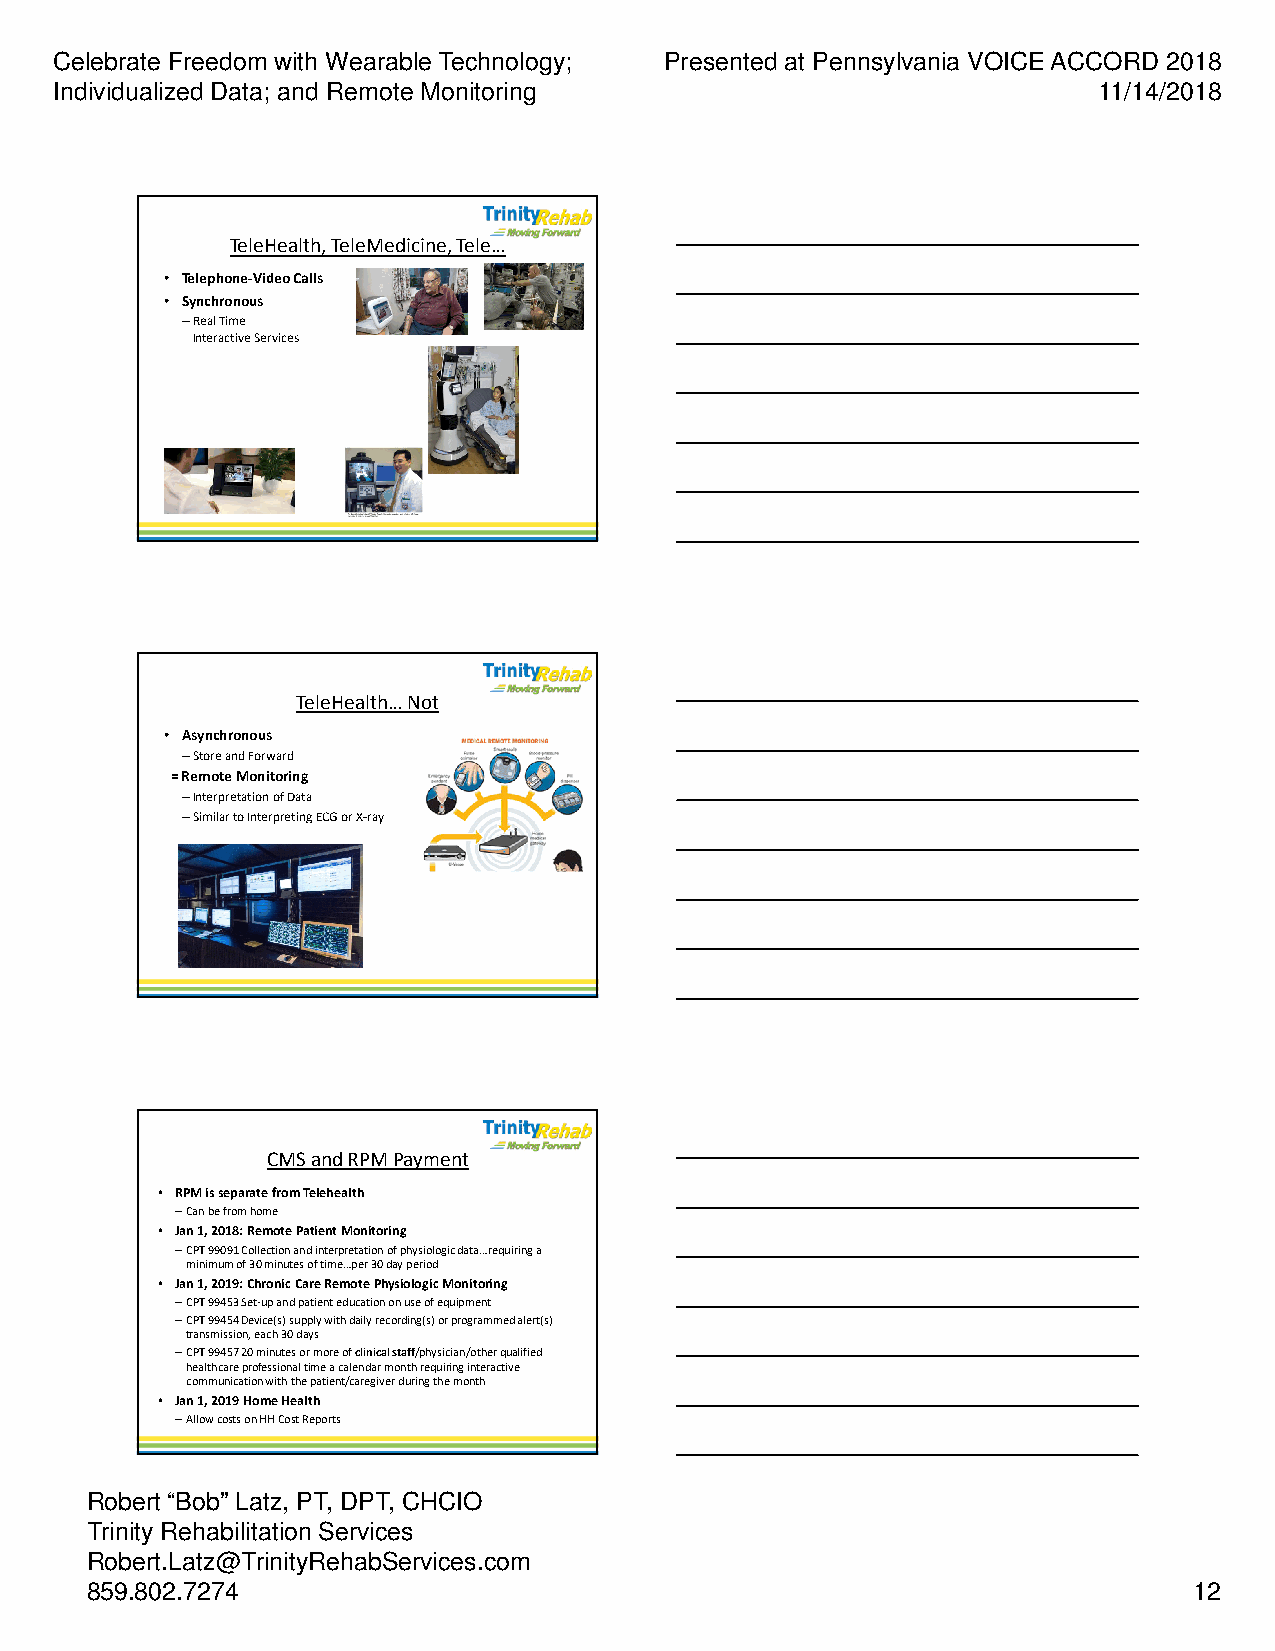
Celebrate Freedom with Wearable Technology; Presented at Pennsylvania VOICE ACCORD 2018
 Individualized Data; and Remote Monitoring                           11/14/2018
 TeleHealth, TeleMedicine, Tele…
 • Telephone-Video Calls
 • Synchronous
 –Real Time
 Interactive Services
 TeleHealth… Not
 • Asynchronous
 –Store and Forward
 = Remote Monitoring
 –Interpretation of Data
 –Similar to Interpreting ECG or X-ray
 CMS and RPM Payment
 • RPM is separate from Telehealth
 –Can be from home
 • Jan 1, 2018: Remote Patient Monitoring
 –CPT 99091 Collection and interpretation of physiologic data…requiring a
 minimum of 30 minutes of time…per 30 day period
 • Jan 1, 2019: Chronic Care Remote Physiologic Monitoring
 –CPT 99453 Set-up and patient education on use of equipment
 –CPT 99454 Device(s) supply with daily recording(s) or programmed alert(s)
 transmission, each 30 days
 –CPT 99457 20 minutes or more of clinical staff/physician/other qualified
 healthcare professional time a calendar month requiring interactive
 communication with the patient/caregiver during the month
 • Jan 1, 2019 Home Health
 –Allow costs on HH Cost Reports
 Robert “Bob” Latz, PT, DPT, CHCIO
 Trinity Rehabilitation Services
 Robert.Latz@TrinityRehabServices.com
 859.802.7274                                                             12